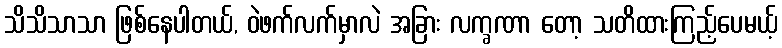
သိသိသာသာ ဖြစ်နေပါတယ်, ဝဲဖက်လက်မှာလဲ အခြား လက္ခဏာ တော့ သတိထားကြည့်ပေမယ့်